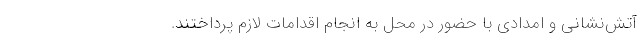
آتش‌نشانی و امدادی با حضور در محل به انجام اقدامات لازم پرداختند.